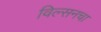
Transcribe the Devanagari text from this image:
विल्सनचा